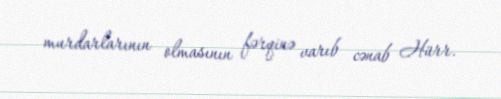
murdarlarının olmasının fərqinə varıb cənab Hürr.